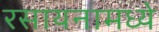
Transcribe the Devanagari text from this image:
रसायनामध्ये